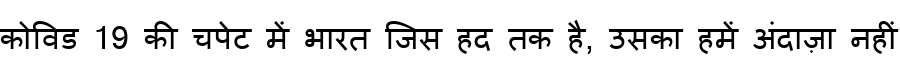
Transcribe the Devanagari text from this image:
कोविड 19 की चपेट में भारत जिस हद तक है, उसका हमें अंदाज़ा नहीं